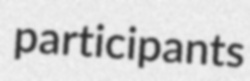
participants